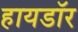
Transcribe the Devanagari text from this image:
हायडॉर